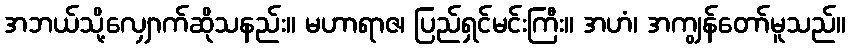
အဘယ်သို့လျှောက်ဆိုသနည်း။ မဟာရာဇ၊ ပြည်ရှင်မင်းကြီး။ အဟံ၊ အကျွန်တော်မူသည်။